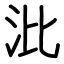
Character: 沘